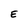
Character: E